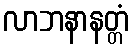
လာဘနာနတ္တံ